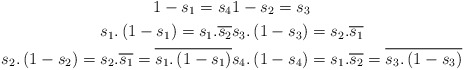
\begin{align*}1-s_1=s_4 &1-s_2=s_3 \\s_1.\left(1-s_1\right)=s_1.\overline{s_2} &s_3.\left(1-s_3\right)=s_2.\overline{s_1} \\s_2.\left(1-s_2\right)=s_2.\overline{s_1}=\overline{s_1.\left(1-s_1\right)} & s_4.\left(1-s_4\right)=s_1.\overline{s_2}=\overline{s_3.\left(1-s_3\right)} \end{align*}